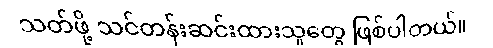
သတ်ဖို့ သင်တန်းဆင်းထားသူတွေ ဖြစ်ပါတယ်။